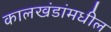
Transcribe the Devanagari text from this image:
कालखंडांमधील